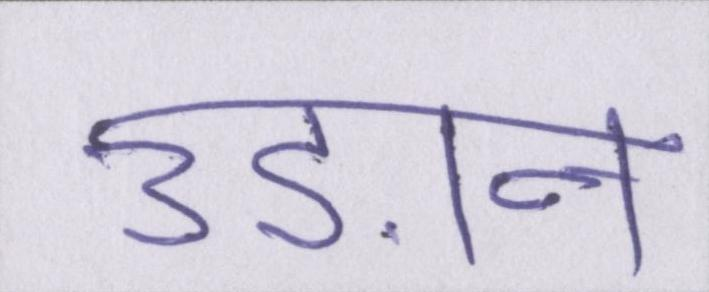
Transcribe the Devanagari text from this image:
उड़ान